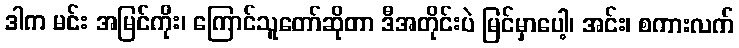
ဒါက မင်း အမြင်ကိုး၊ ကြောင်သူတော်ဆိုတာ ဒီအတိုင်းပဲ မြင်မှာပေါ့၊ အင်း၊ စကားလက်